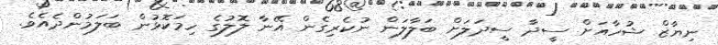
ނިޔާޒް ޝުހާއަށް ސީދާ ސީދަލަށް ބަލާލަން ނުކެރިގެން އޭނާ ލޮލުގެ ހިމަކޮޅުން ބަލަމުންދެއެވެ.